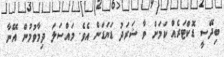
ބިދޭސީ ޑޮކްޓަރެއް ކަމަށް ވާ ޝަރަދު ޑަޔަޑަން އެވެ. މައްސަލަ ދިމާވުމުން އޭނާ